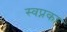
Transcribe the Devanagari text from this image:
स्वप्नका